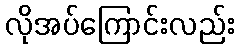
လိုအပ်ကြောင်းလည်း